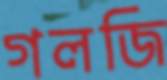
গলজি